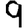
Digit: 9